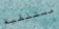
مستلقية